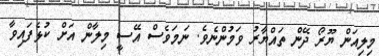
މިލިއަން ޔޫރޯ ދޭން ތައްޔާރު ވަމުންނެވެ. ނަމަވެސް އޭސީ މިލާން އަށް ކުޅެފައިވާ